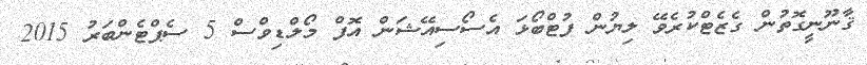
ޤާނޫނީގޮތުން ގެޒެޓްކުރެވޭ ލިޔުން ފުޓްބޯޅަ އެސޯސިއޭޝަން އޮފް މޯލްޑިވްސް 5 ސެޕްޓެންބަރު 2015